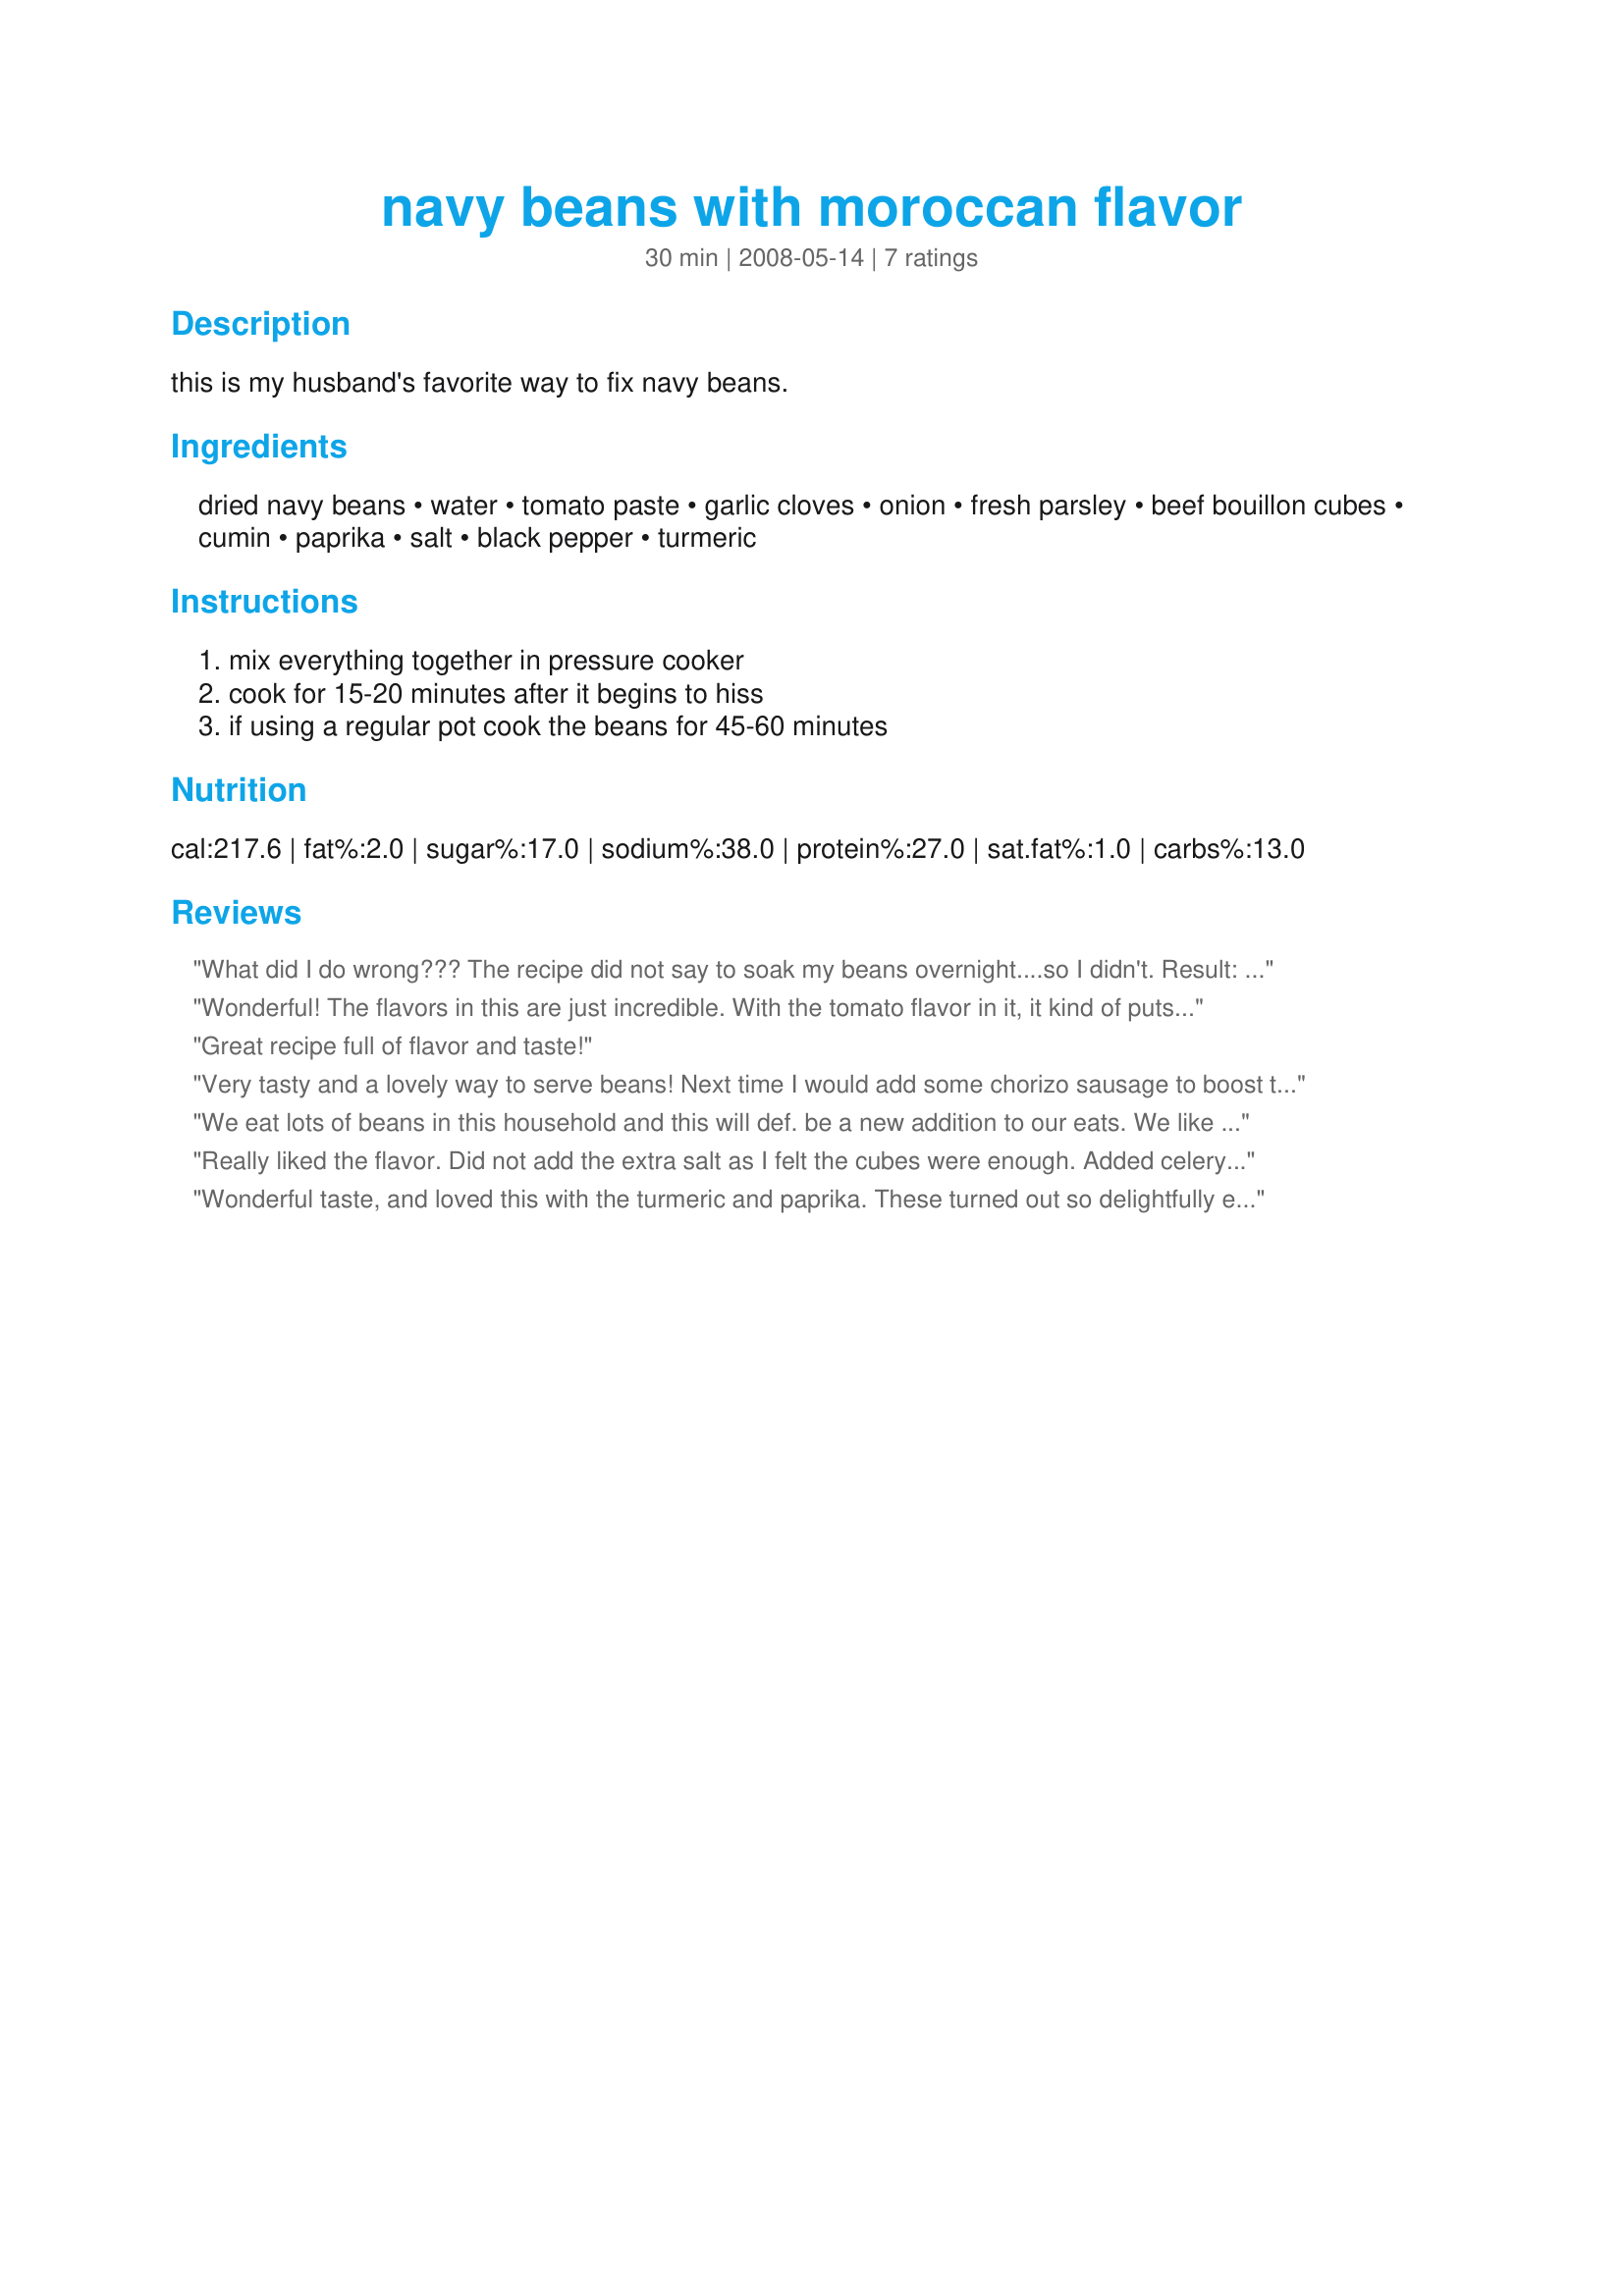
navy beans with moroccan flavor
Preparation time: 30 minutes

this is my husband's favorite way to fix navy beans.

Ingredients:
dried navy beans, water, tomato paste, garlic cloves, onion, fresh parsley, beef bouillon cubes, cumin, paprika, salt, black pepper, turmeric

Steps:
mix everything together in pressure cooker, cook for 15-20 minutes after it begins to hiss, if using a regular pot cook the beans for 45-60 minutes

Reviews:
What did I do wrong??? The recipe did not say to soak my beans overnight....so I didn't. Result: After 30 minutes in the pressure cooker, the beans were still not tender but most the of the liquid was gone. In addition, the sauce was terribly salty and almost bitter.
Wonderful! The flavors in this are just incredible. With the tomato flavor in it, it kind of puts these beans in the category of being like baked beans, which I mostly serve with barbecue. So these would be perfect with Moroccan barbecue of sorts- say grilled lamb koftas or perhaps grilled chicken with a ton of saffron as one of its seasonings? I know this recipe will be one of my perennial favorites from this day on. Thanks for sharing. ~Sue
Great recipe full of flavor and taste!
Very tasty and a lovely way to serve beans! Next time I would add some chorizo sausage to boost the flavour a little. Thanks for a lovely dish that was yummy and easy to make. Made for Went to Market tag game.
We eat lots of beans in this household and this will def. be a new addition to our eats. We like spicy so I mixed a can of tomato sauce and "el pato" salsa fresca and then used the recommended 3T of this mixture instead of just plain tomato sauce. Thanks for the post :)
Really liked the flavor. Did not add the extra salt as I felt the cubes were enough. Added celery and carrots because I love veggies.
Wonderful taste, and loved this with the turmeric and paprika. These turned out so delightfully elegant, and tasteful we two helpings! Served with some chicken, but I agree with another reviewer to add some kind of chorizo sausage too! Made for ZWT6 Zee Zesties!
